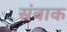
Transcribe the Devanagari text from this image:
संवाक